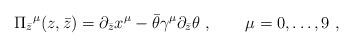
LaTeX: \begin{align*}\Pi_{\bar z}{}^\mu (z, \bar z)= \partial_{\bar z} x^{\mu} - \bar \theta\gamma^\mu \partial_{\bar z} \theta \ , \qquad \mu=0,\dots ,9\ ,\end{align*}